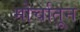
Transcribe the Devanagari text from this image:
मोर्चातून